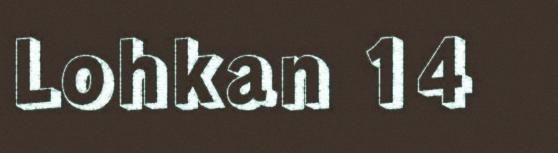
Lohkan 14